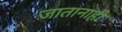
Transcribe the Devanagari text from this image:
जातानाही